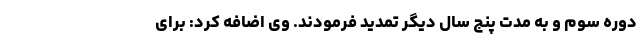
دوره سوم و به مدت پنج سال دیگر تمدید فرمودند. وی اضافه کرد: برای